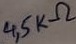
Text: 4,5KΩ